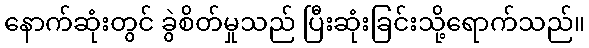
နောက်ဆုံးတွင် ခွဲစိတ်မှုသည် ပြီးဆုံးခြင်းသို့ရောက်သည်။